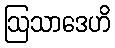
ဩသာဒေဟိ